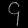
Digit: ၄